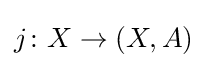
j\colon X\to (X,A)